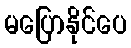
မပြောနိုင်ပေ